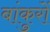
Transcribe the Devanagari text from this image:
बांकुरों